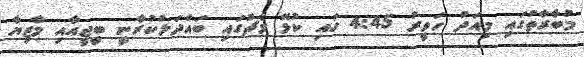
މުބާރާތުގައި މިއަދު ހަވީރު 4:45 ގައި ކުޅޭ މެޗުގައި ބައްދަލުކުރާނީ ބީޖީއާއި މާޒިޔާ